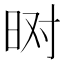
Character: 𬀮